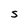
Character: S